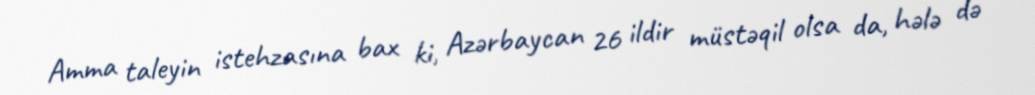
Amma taleyin istehzasına bax ki, Azərbaycan 26 ildir müstəqil olsa da, hələ də